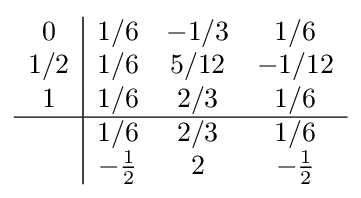
{\begin{array}{c|ccc}0&1/6&-1/3&1/6\\1/2&1/6&5/12&-1/12\\1&1/6&2/3&1/6\\\hline &1/6&2/3&1/6\\&-{\frac {1}{2}}&2&-{\frac {1}{2}}\\\end{array}}